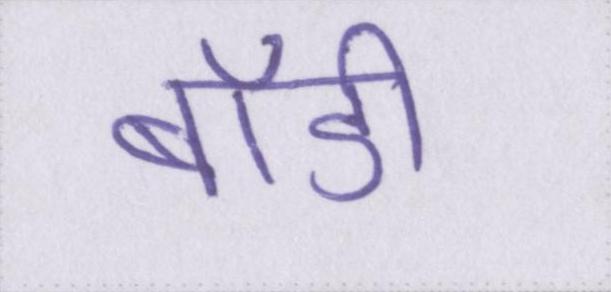
बॉडी